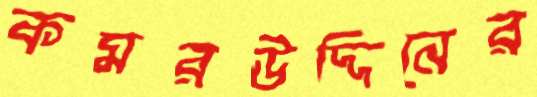
কমরউদ্দিনের